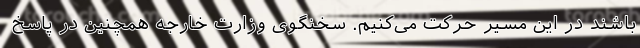
باشند در این مسیر حرکت می‌کنیم. سخنگوی وزارت خارجه همچنین در پاسخ